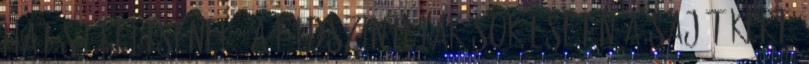
hatást keltsenek: a földszinti lakások esetén a saját kert,